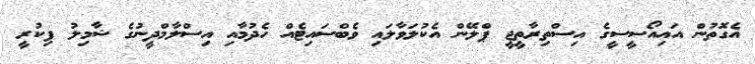
އެގޮތުން އައިއޯސީސީގެ އިސްތިރާތީޖީ ޕްލޭން އެކުލަވާލައި ވެބްސައިޓެއް ހެދުމާއި އިސްލާމްދީނުގެ ޝާމިލު ފިކުރީ